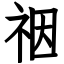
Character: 䄄